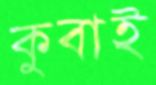
কুবাই